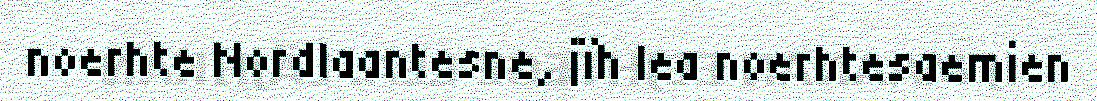
noerhte Nordlaantesne, jïh lea noerhtesaemien